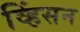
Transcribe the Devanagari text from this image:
व्हिंसन